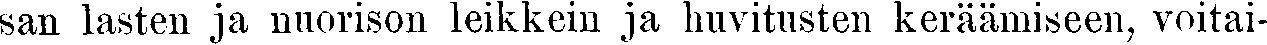
san lasten ja nuorison leikkein ja huvitusten keräämiseen, voitai-